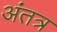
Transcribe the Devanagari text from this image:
अंतत्र